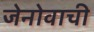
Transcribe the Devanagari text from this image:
जेनोवाची